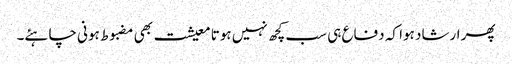
پھر ارشاد ہوا کہ دفاع ہی سب کچھ نہیں ہوتا معیشت بھی مضبوط ہونی چاہئے۔